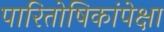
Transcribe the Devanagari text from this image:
पारितोषिकांपेक्षा